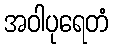
အဝါပုရေတံ